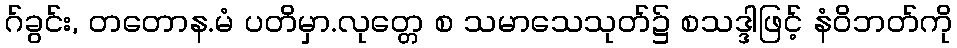
ဂ်ခွင်း, တတောန.မံ ပတိမှာ.လုတ္တေ စ သမာသေသုတ်၌ စသဒ္ဒါဖြင့် နံဝိဘတ်ကို